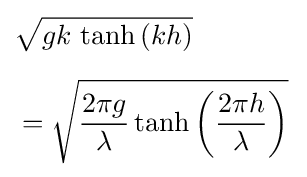
{\begin{aligned}&{\sqrt {gk\,\tanh \left(kh\right)}}\,\\[1.2ex]&={\sqrt {{\frac {2\pi g}{\lambda }}\tanh \left({\frac {2\pi h}{\lambda }}\right)}}\,\end{aligned}}